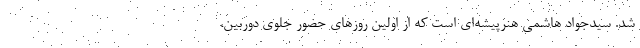
شد. سیدجواد هاشمی هنرپیشه‌ای است که از اولین روزهای حضور جلوی دوربین،